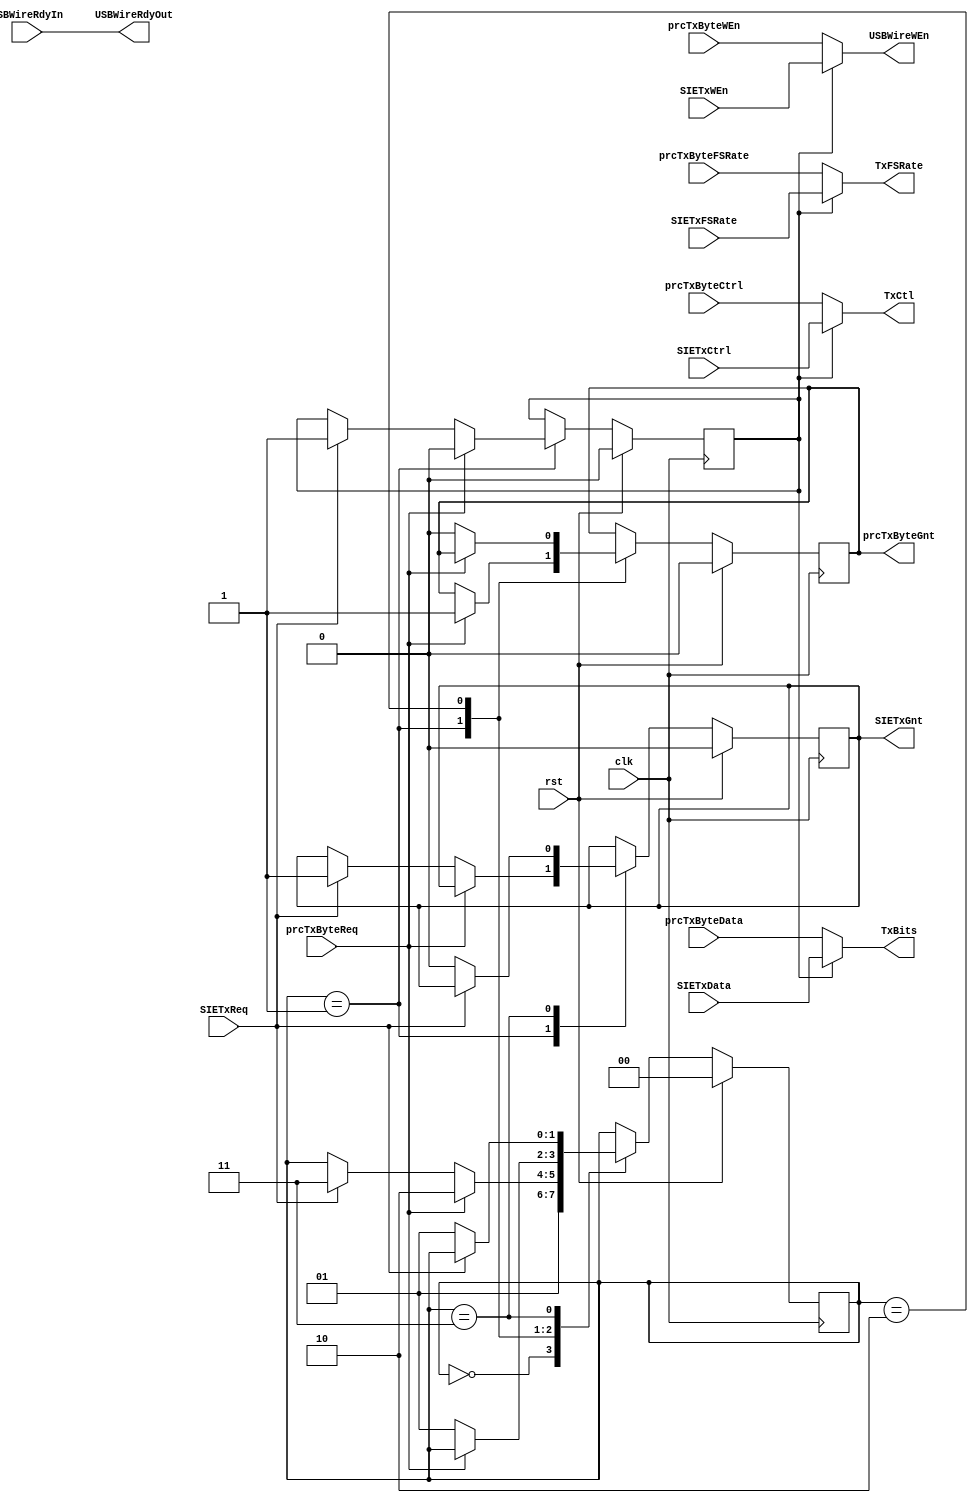
module USBTxWireArbiter_simlib (SIETxCtrl, SIETxData, SIETxFSRate, SIETxGnt, SIETxReq, SIETxWEn, TxBits, TxCtl, TxFSRate, USBWireRdyIn, USBWireRdyOut, USBWireWEn, clk, prcTxByteCtrl, prcTxByteData, prcTxByteFSRate, prcTxByteGnt, prcTxByteReq, prcTxByteWEn, rst);
input   SIETxCtrl;
input   [1:0] SIETxData;
input   SIETxFSRate;
input   SIETxReq;
input   SIETxWEn;
input   USBWireRdyIn;
input   clk;
input   prcTxByteCtrl;
input   [1:0] prcTxByteData;
input   prcTxByteFSRate;
input   prcTxByteReq;
input   prcTxByteWEn;
input   rst;
output  SIETxGnt;
output  [1:0] TxBits;
output  TxCtl;
output  TxFSRate;
output  USBWireRdyOut;
output  USBWireWEn;
output  prcTxByteGnt;

wire    SIETxCtrl;
wire    [1:0] SIETxData;
wire    SIETxFSRate;
reg     SIETxGnt, next_SIETxGnt;
wire    SIETxReq;
wire    SIETxWEn;
reg     [1:0] TxBits, next_TxBits;
reg     TxCtl, next_TxCtl;
reg     TxFSRate, next_TxFSRate;
wire    USBWireRdyIn;
reg     USBWireRdyOut, next_USBWireRdyOut;
reg     USBWireWEn, next_USBWireWEn;
wire    clk;
wire    prcTxByteCtrl;
wire    [1:0] prcTxByteData;
wire    prcTxByteFSRate;
reg     prcTxByteGnt, next_prcTxByteGnt;
wire    prcTxByteReq;
wire    prcTxByteWEn;
wire    rst;

// diagram signals declarations
reg  muxSIENotPTXB, next_muxSIENotPTXB;

// BINARY ENCODED state machine: txWireArb
// State codes definitions:
`define START_TARB 2'b00
`define TARB_WAIT_REQ 2'b01
`define PTXB_ACT 2'b10
`define SIE_TX_ACT 2'b11

reg [1:0] CurrState_txWireArb;
reg [1:0] NextState_txWireArb;

// Diagram actions (continuous assignments allowed only: assign ...)

// processTxByte/SIETransmitter mux
always @(USBWireRdyIn)
begin
    USBWireRdyOut <= USBWireRdyIn;
end
always @(muxSIENotPTXB or SIETxWEn or SIETxData or
SIETxCtrl or prcTxByteWEn or prcTxByteData or prcTxByteCtrl or
SIETxFSRate or prcTxByteFSRate)
begin
    if (muxSIENotPTXB  == 1'b1)
    begin
        USBWireWEn <= SIETxWEn;
        TxBits <= SIETxData;
        TxCtl <= SIETxCtrl;
        TxFSRate <= SIETxFSRate;
    end
    else
    begin
        USBWireWEn <= prcTxByteWEn;
        TxBits <= prcTxByteData;
        TxCtl <= prcTxByteCtrl;
        TxFSRate <= prcTxByteFSRate;
    end
end

//--------------------------------------------------------------------
// Machine: txWireArb
//--------------------------------------------------------------------
//----------------------------------
// Next State Logic (combinatorial)
//----------------------------------
always @ (prcTxByteReq or SIETxReq or prcTxByteGnt or muxSIENotPTXB or SIETxGnt or CurrState_txWireArb)
begin : txWireArb_NextState
  NextState_txWireArb <= CurrState_txWireArb;
  // Set default values for outputs and signals
  next_prcTxByteGnt <= prcTxByteGnt;
  next_muxSIENotPTXB <= muxSIENotPTXB;
  next_SIETxGnt <= SIETxGnt;
  case (CurrState_txWireArb)
    `START_TARB:
      NextState_txWireArb <= `TARB_WAIT_REQ;
    `TARB_WAIT_REQ:
      if (prcTxByteReq == 1'b1)	
      begin
        NextState_txWireArb <= `PTXB_ACT;
        next_prcTxByteGnt <= 1'b1;
        next_muxSIENotPTXB <= 1'b0;
      end
      else if (SIETxReq == 1'b1)	
      begin
        NextState_txWireArb <= `SIE_TX_ACT;
        next_SIETxGnt <= 1'b1;
        next_muxSIENotPTXB <= 1'b1;
      end
    `PTXB_ACT:
      if (prcTxByteReq == 1'b0)	
      begin
        NextState_txWireArb <= `TARB_WAIT_REQ;
        next_prcTxByteGnt <= 1'b0;
      end
    `SIE_TX_ACT:
      if (SIETxReq == 1'b0)	
      begin
        NextState_txWireArb <= `TARB_WAIT_REQ;
        next_SIETxGnt <= 1'b0;
      end
  endcase
end

//----------------------------------
// Current State Logic (sequential)
//----------------------------------
always @ (posedge clk)
begin : txWireArb_CurrentState
  if (rst)	
    CurrState_txWireArb <= `START_TARB;
  else
    CurrState_txWireArb <= NextState_txWireArb;
end

//----------------------------------
// Registered outputs logic
//----------------------------------
always @ (posedge clk)
begin : txWireArb_RegOutput
  if (rst)	
  begin
    muxSIENotPTXB <= 1'b0;
    prcTxByteGnt <= 1'b0;
    SIETxGnt <= 1'b0;
  end
  else 
  begin
    muxSIENotPTXB <= next_muxSIENotPTXB;
    prcTxByteGnt <= next_prcTxByteGnt;
    SIETxGnt <= next_SIETxGnt;
  end
end

endmodule